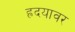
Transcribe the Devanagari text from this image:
ह्रदयावर